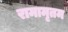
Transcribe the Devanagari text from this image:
रामामृतम